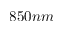
8 5 0 n m